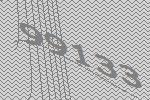
99133